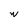
Character: w